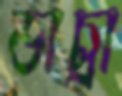
ডাচ্রা